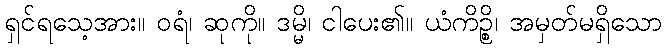
ရှင်ရသေ့အား။ ဝရံ၊ ဆုကို။ ဒမ္မိ၊ ငါပေး၏။ ယံကိဉ္စိ၊ အမှတ်မရှိသော